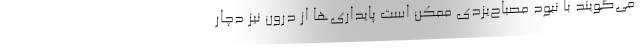
می‌گویند با نبود مصباح‌یزدی ممکن است پایداری‌ها از درون نیز دچار